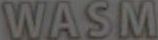
WASM